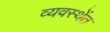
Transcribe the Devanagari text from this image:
व्यवस्थेंत